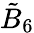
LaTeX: {\tilde{B}}_{6}